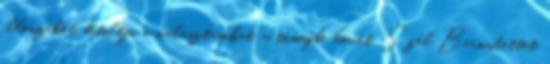
ellenzéket, betiltja a választásokat, a tömegbe lövet. Szél Bernadettet